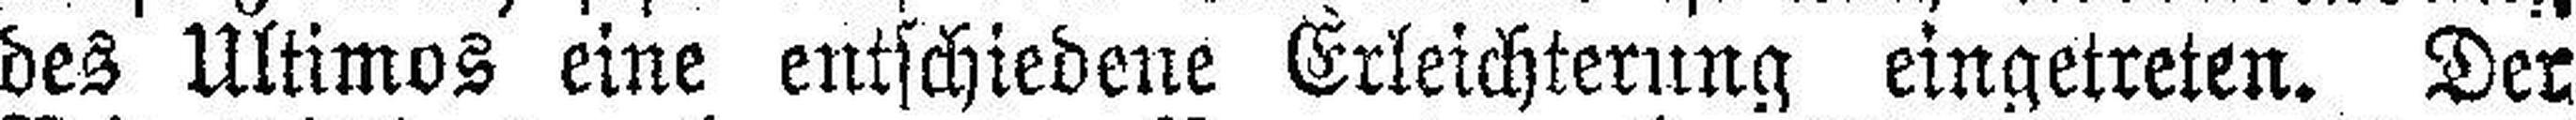
des Ultimos eine entschiedene Erleichterung eingetreten. Der